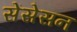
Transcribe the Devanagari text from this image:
सेंसेसन